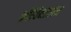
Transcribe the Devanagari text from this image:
श्रीविद्यारत्न